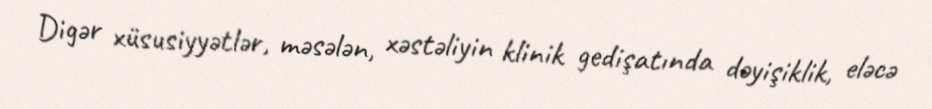
Digər xüsusiyyətlər, məsələn, xəstəliyin klinik gedişatında dəyişiklik, eləcə